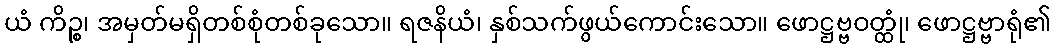
ယံ ကိဉ္စ၊ အမှတ်မရှိတစ်စုံတစ်ခုသော။ ရဇနိယံ၊ နှစ်သက်ဖွယ်ကောင်းသော။ ဖောဋ္ဌဗ္ဗဝတ္ထုံ၊ ဖောဋ္ဌဗ္ဗာရုံ၏